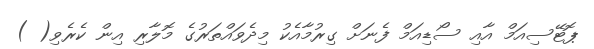
ޕޮޓޭސިއަމް އާއި ސޯޑިއަމް ފެނަށް ގިރުމާއެކު މިދެވައްތަރުގެ މޮލާރި އިން ކެރެވި( )